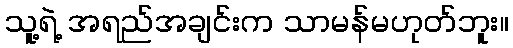
သူ့ရဲ့ အရည်အချင်းက သာမန်မဟုတ်ဘူး။